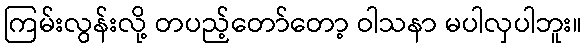
ကြမ်းလွန်းလို့ တပည့်တော်တော့ ဝါသနာ မပါလှပါဘူး။